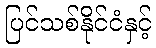
ပြင်သစ်နိုင်ငံနှင့်